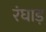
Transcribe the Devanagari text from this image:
रंघाड़